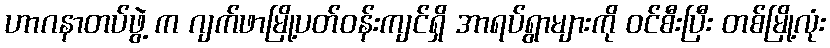
ဟာဂနာတပ်ဖွဲ့ က ဂျက်ဖာမြို့ပတ်ဝန်းကျင်ရှိ အာရပ်ရွာများကို ဝင်စီးပြီး တစ်မြို့လုံး